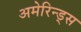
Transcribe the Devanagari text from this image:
अमेरिन्ड्स